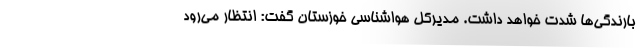
بارندگی‌ها شدت خواهد داشت. مدیرکل هواشناسی خوزستان گفت: انتظار می‌رود